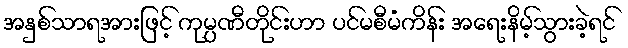
အနှစ်သာရအားဖြင့် ကုမ္ပဏီတိုင်းဟာ ပင်မစီမံကိန်း အရေးနိမ့်သွားခဲ့ရင်